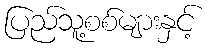
ပြည်သူ့စစ်များနှင့်